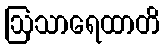
ဩသာရေထာတိ